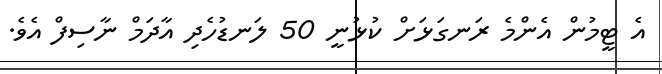
އެ ޓީމުން އެންމެ ރަނގަޅަށް ކުޅުނީ 50 ލަނޑުހެދި އާދަމް ނާސިފް އެވެ.